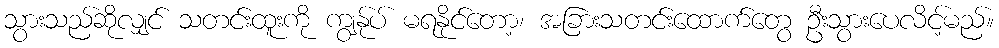
သွားသည်ဆိုလျှင် သတင်းထူးကို ကျွန်ုပ် မရနိုင်တော့၊ အခြားသတင်းထောက်တွေ ဦးသွားပေလိင့်မည်။